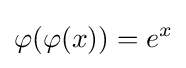
\varphi (\varphi (x))=e^{x}